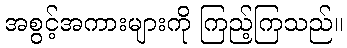
အစွင့်အကားများကို ကြည့်ကြသည်။